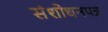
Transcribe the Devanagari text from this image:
संशोधनपत्र